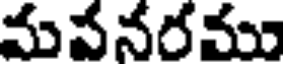
మవనరము